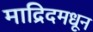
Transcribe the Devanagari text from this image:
माद्रिदमधून